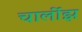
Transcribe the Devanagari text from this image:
चार्लीझ